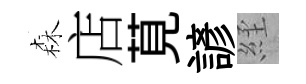
森店莧諺𦀇